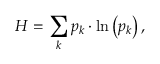
H = \sum _ { k } p _ { k } \cdot \ln \left( p _ { k } \right) ,